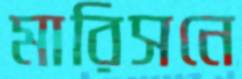
মারিসনে